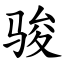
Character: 骏